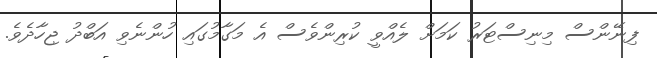
ފިނޭންސް މިނިސްޓަރު ކަމަށް ލެއްވީ ކުރިންވެސް އެ މަގާމުގައި ހުންނެވި އަބްދު ޖިހާދެވެ.